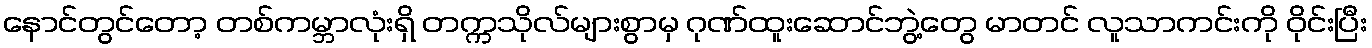
နောင်တွင်တော့ တစ်ကမ္ဘာလုံးရှိ တက္ကသိုလ်များစွာမှ ဂုဏ်ထူးဆောင်ဘွဲ့တွေ မာတင် လူသာကင်းကို ဝိုင်းပြီး